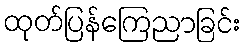
ထုတ်ပြန်ကြေညာခြင်း